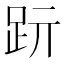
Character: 䟚